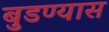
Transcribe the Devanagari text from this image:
बुडण्यास